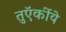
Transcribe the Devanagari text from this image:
तुऍर्कीये